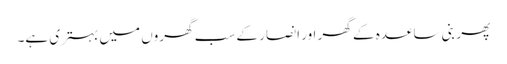
پھر بنی ساعدہ کے گھر اور انصار کے سب گھروں میں بہتری ہے۔